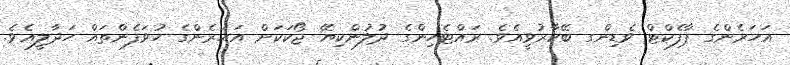
އަހަރެންގެ ޕާފެކްޓް ވެޑިންގ ބޭކާރުވީއެވެ. ރައްޓެހިންގެ ދުލުންކިޔޭ ޖޯކަކަށް އަހަރެންގެ ހުވަފެންތައް ހަދާލީއެވެ.